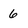
Character: 6